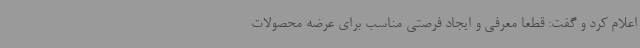
اعلام کرد و گفت: قطعاً معرفی و ایجاد فرصتی مناسب برای عرضه محصولات